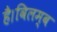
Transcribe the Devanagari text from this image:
है।विलम्ब